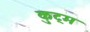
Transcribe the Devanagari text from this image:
कुट्म